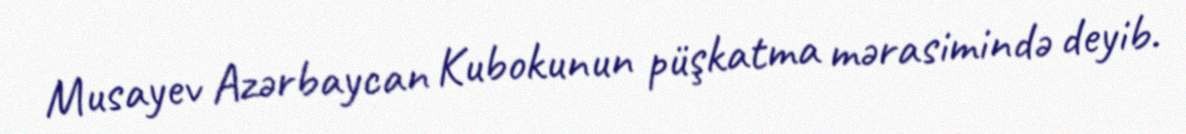
Musayev Azərbaycan Kubokunun püşkatma mərasimində deyib.